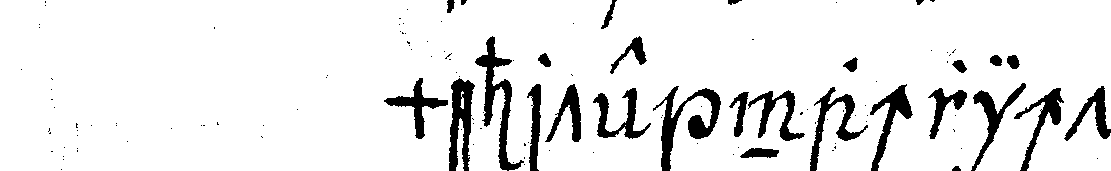
mehrte nachrichteN